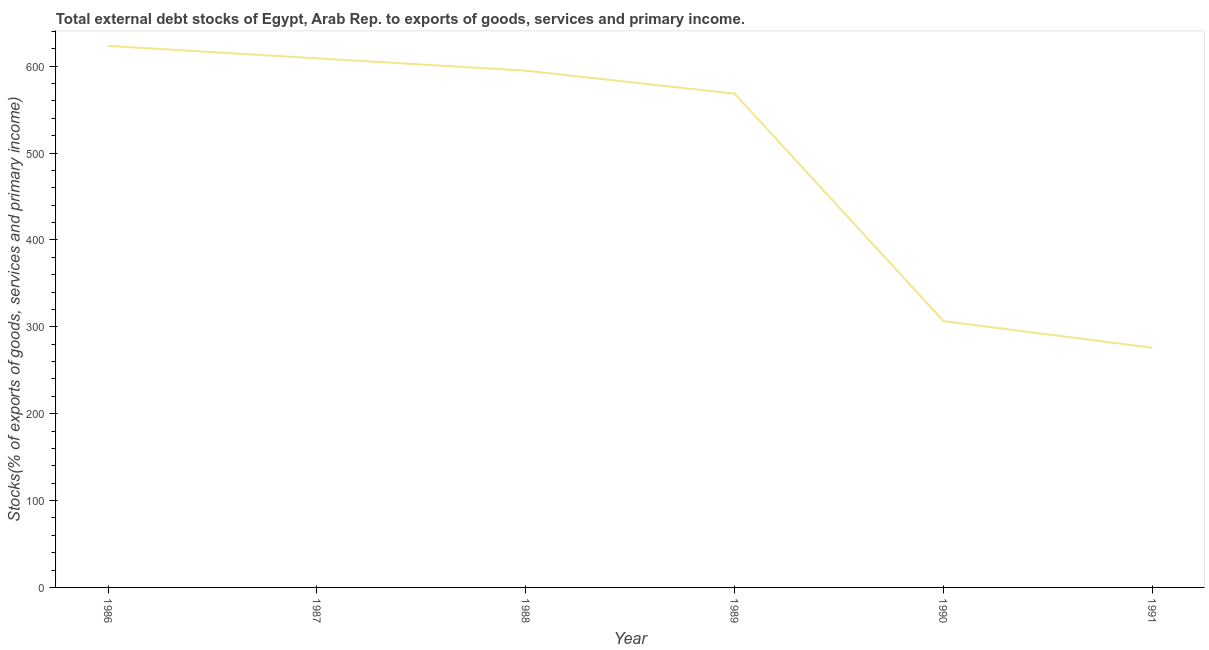
| Year | External debt stocks (% of exports of goods |
 | --- | --- |
 | 1986 | 623 |
 | 1987 | 609 |
 | 1988 | 595 |
 | 1989 | 568 |
 | 1990 | 307 |
 | 1991 | 276 |